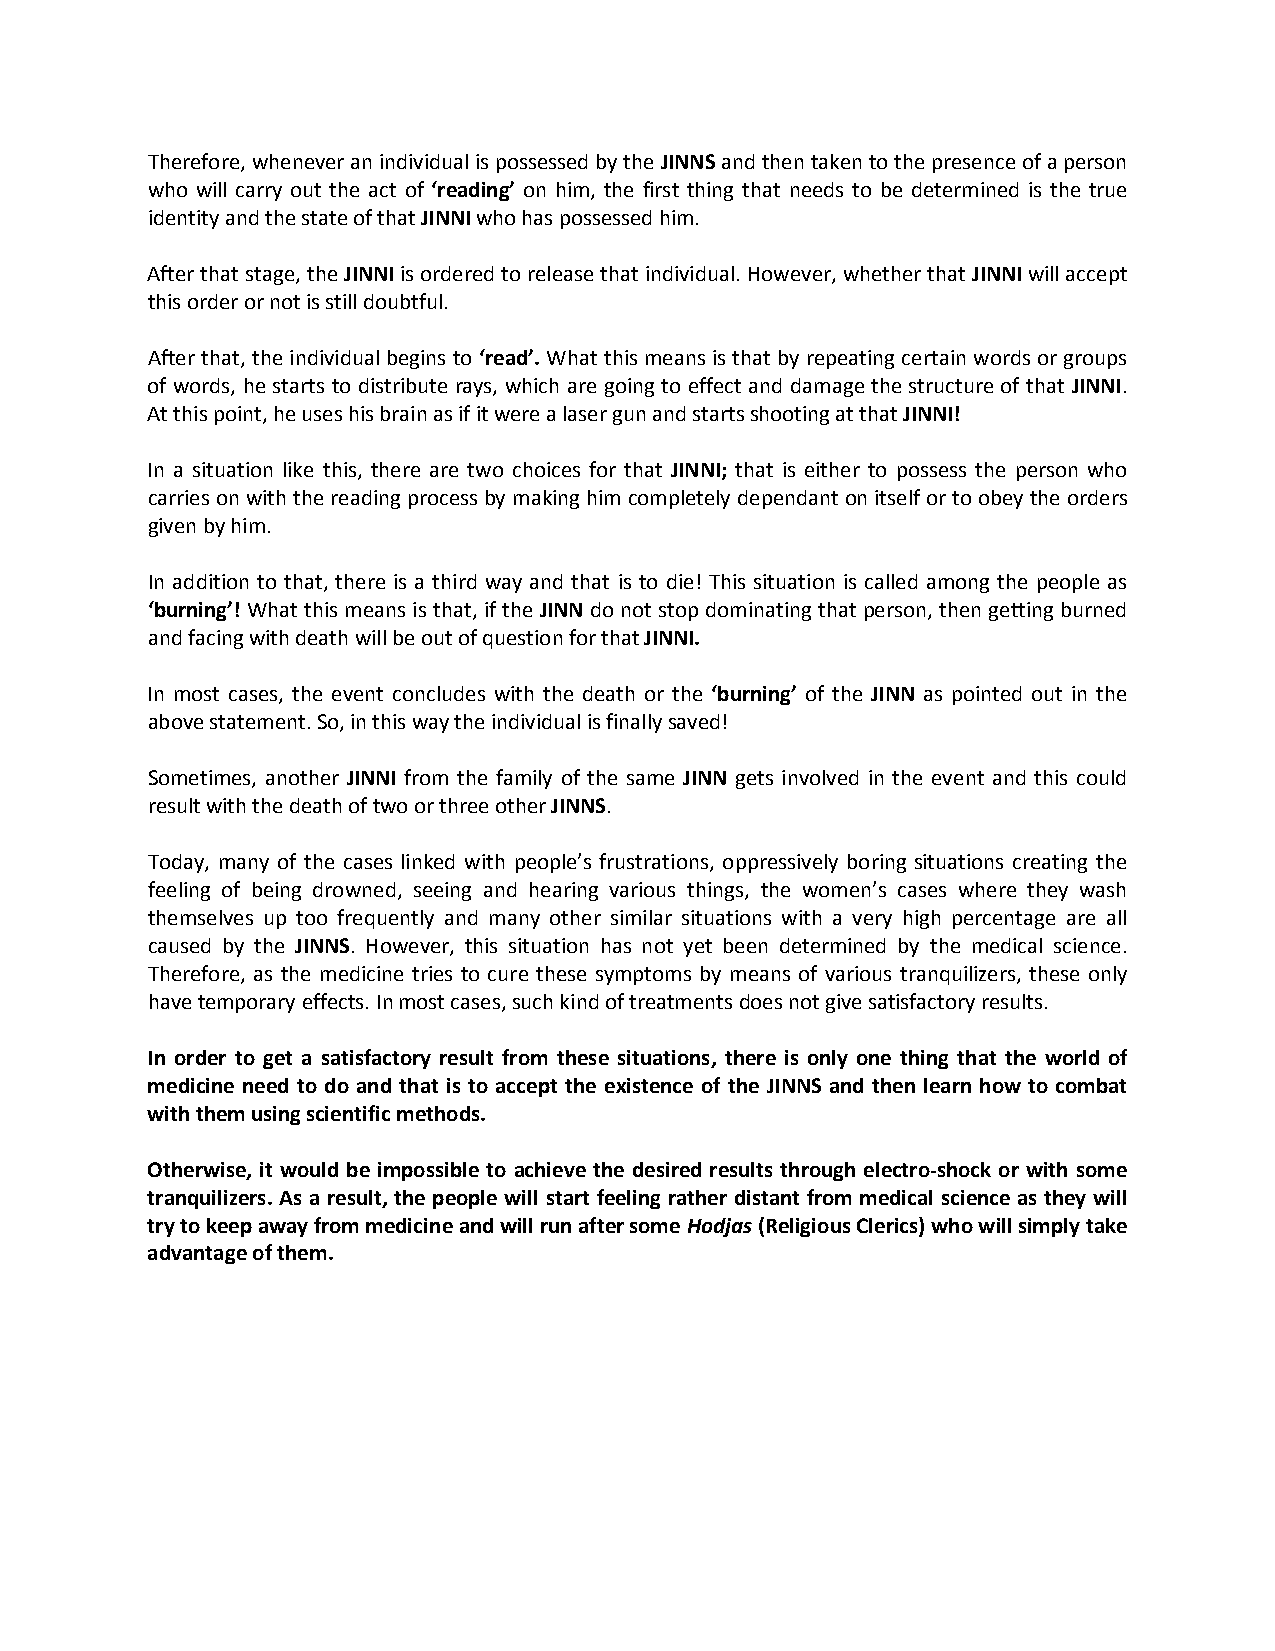
Therefore, whenever an individual is possessed by the JINNS and then taken to the presence of a person
 who will carry out the act of ‘reading’ on him, the first thing that needs to be determined is the true
 identity and the state of that JINNI who has possessed him.
 After that stage, the JINNI is ordered to release that individual. However, whether that JINNI will accept
 this order or not is still doubtful.
 After that, the individual begins to ‘read’. What this means is that by repeating certain words or groups
 of words, he starts to distribute rays, which are going to effect and damage the structure of that JINNI.
 At this point, he uses his brain as if it were a laser gun and starts shooting at that JINNI!
 In a situation like this, there are two choices for that JINNI; that is either to possess the person who
 carries on with the reading process by making him completely dependant on itself or to obey the orders
 given by him.
 In addition to that, there is a third way and that is to die! This situation is called among the people as
 ‘burning’! What this means is that, if the JINN do not stop dominating that person, then getting burned
 and facing with death will be out of question for that JINNI.
 In most cases, the event concludes with the death or the ‘burning’ of the JINN as pointed out in the
 above statement. So, in this way the individual is finally saved!
 Sometimes, another JINNI from the family of the same JINN gets involved in the event and this could
 result with the death of two or three other JINNS.
 Today, many of the cases linked with people’s frustrations, oppressively boring situations creating the
 feeling of being drowned, seeing and hearing various things, the women’s cases where they wash
 themselves up too frequently and many other similar situations with a very high percentage are all
 caused by the JINNS. However, this situation has not yet been determined by the medical science.
 Therefore, as the medicine tries to cure these symptoms by means of various tranquilizers, these only
 have temporary effects. In most cases, such kind of treatments does not give satisfactory results.
 In order to get a satisfactory result from these situations, there is only one thing that the world of
 medicine need to do and that is to accept the existence of the JINNS and then learn how to combat
 with them using scientific methods.
 Otherwise, it would be impossible to achieve the desired results through electro-shock or with some
 tranquilizers. As a result, the people will start feeling rather distant from medical science as they will
 try to keep away from medicine and will run after some Hodjas (Religious Clerics) who will simply take
 advantage of them.